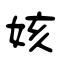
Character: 姟